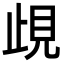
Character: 𧠛